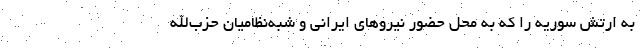
به ارتش سوریه را که به محل حضور نیروهای ایرانی و شبه‌نظامیان حزب‌الله